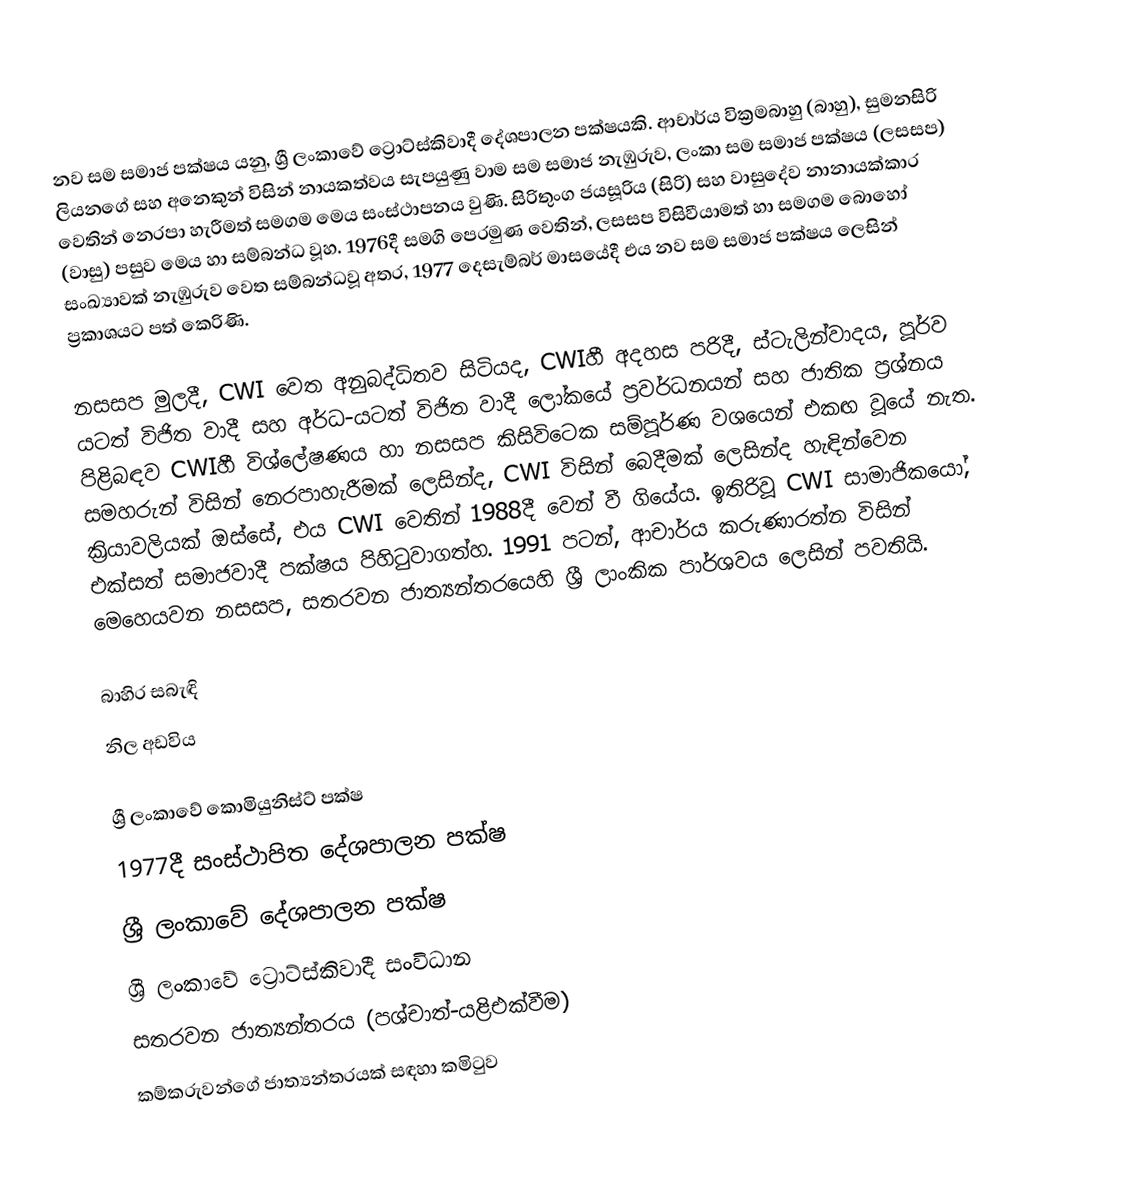
නව සම සමාජ පක්ෂය යනු,  ශ්‍රී ලංකාවේ ට්‍රොට්ස්කිවාදී දේශපාලන පක්ෂයකි. ආචාර්ය වික්‍රමබාහු (බාහු), සුමනසිරි ලියනගේ සහ අනෙකුන් විසින් නායකත්වය සැපයුණු වාම සම සමාජ නැඹුරුව,  ලංකා සම සමාජ පක්ෂය (ලසසප) වෙතින් නෙරපා හැරීමත් සමගම මෙය සංස්ථාපනය වුණි. සිරිතුංග ජයසූරිය (සිරි) සහ වාසුදේව නානායක්කාර (වාසු) පසුව මෙය හා සම්බන්ධ වූහ. 1976දී සමගි පෙරමුණ වෙතින්,  ලසසප විසිවීයාමත් හා සමගම බොහෝ සංඛ්‍යාවක් නැඹුරුව වෙත සම්බන්ධවූ අතර, 1977 දෙසැම්බර් මාසයේදී එය නව සම සමාජ පක්ෂය ලෙසින් ප්‍රකාශයට පත් කෙරිණි.

නසසප මුලදී,   CWI වෙත අනුබද්ධිතව සිටියද, CWIහී අදහස පරිදී, ස්ටැලින්වාදය, පූර්ව යටත් විජිත වාදී සහ අර්ධ-යටත් විජිත වාදී ලෝකයේ ප්‍රවර්ධනයන්  සහ ජාතික ප්‍රශ්නය පිළිබඳව CWIහී විශ්ලේෂණය හා නසසප කිසිවිටෙක සම්පූර්ණ වශයෙන්  එකඟ වූයේ නැත. සමහරුන් විසින් නෙරපාහැරීමක් ලෙසින්ද,  CWI විසින් බෙදීමක් ලෙසින්ද හැඳින්වෙන ක්‍රියාවලියක් ඔස්සේ, එය CWI වෙතින් 1988දී වෙන් වී ගියේය. ඉතිරිවූ CWI සාමාජිකයෝ, එක්සත් සමාජවාදී පක්ෂය පිහිටුවාගත්හ. 1991 පටන්, ආචාර්ය කරුණාරත්න විසින් මෙහෙයවන නසසප,  සතරවන ජාත්‍යන්තරයෙහි ශ්‍රී ලාංකික පාර්ශවය ලෙසින් පවතියි.

බාහිර සබැඳි
නිල අඩවිය

ශ්‍රී ලංකාවේ කොමියුනිස්ට් පක්ෂ
 1977දී සංස්ථාපිත දේශපාලන පක්ෂ
ශ්‍රී ලංකාවේ දේශපාලන පක්ෂ
ශ්‍රී ලංකාවේ ට්‍රොට්ස්කිවාදී සංවිධාන
 සතරවන ජාත්‍යන්තරය  (පශ්චාත්-යළිඑක්වීම)
 කම්කරුවන්ගේ ජාත්‍යන්තරයක් සඳහා කමිටුව